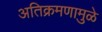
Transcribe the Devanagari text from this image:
अतिक्रमणामु़ळे